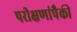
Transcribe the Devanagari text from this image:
परीक्षणांपैकी